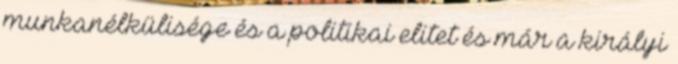
munkanélkülisége és a politikai elitet és már a királyi